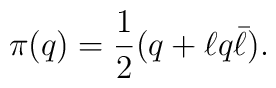
\pi(q) = {1\over2} (q + \ell q \bar\ell) .